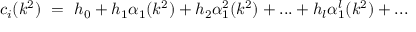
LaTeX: c _ { i } ( k ^ { 2 } ) ~ = ~ h _ { 0 } + h _ { 1 } \alpha _ { 1 } ( k ^ { 2 } ) + h _ { 2 } \alpha _ { 1 } ^ { 2 } ( k ^ { 2 } ) + . . . + h _ { l } \alpha _ { 1 } ^ { l } ( k ^ { 2 } ) + . . .